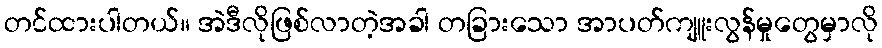
တင်ထားပါတယ်။ အဲဒီလိုဖြစ်လာတဲ့အခါ တခြားသော အာပတ်ကျူးလွန်မှုတွေမှာလို